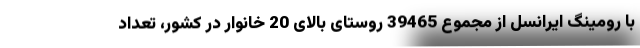
با رومینگ ایرانسل از مجموع 39465 روستای بالای 20 خانوار در کشور، تعداد